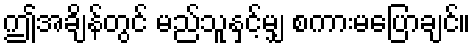
ဤအချိန်တွင် မည်သူနှင့်မျှ စကားမပြောချင်။